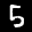
Label: 5